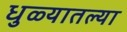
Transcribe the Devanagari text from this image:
धुळ्यातल्या